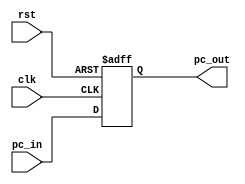
/* pc.v
 * Program counter
 * Written by Daniel Gallegos and Brandon Ortiz
 * CSC142, Fall 2014, CSUS
*/

module pc(clk, rst, pc_in, pc_out);

//Parameters
parameter INST_ADDR_WIDTH = 16;

// I/O ports
input clk, rst;
input [INST_ADDR_WIDTH - 1:0] pc_in;

//Output defined as register
output reg [INST_ADDR_WIDTH-1:0] pc_out;

always @(posedge clk or negedge rst)
begin
    if (!rst)
    begin        
        pc_out <= 0;
    end
    else
    begin        
        pc_out <= pc_in;   
    end
end

endmodule

//-----------------------------END OF FILE-------------------------------------